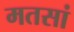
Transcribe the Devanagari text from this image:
मतसां